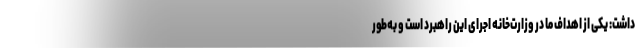
داشت: یکی از اهداف ما در وزارت‌خانه اجرای این راهبرد است و به‌طور